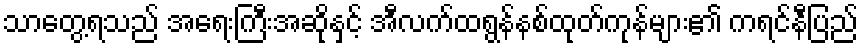
သာတွေ့ရသည် အရေးကြီးအဆိုနှင့် အီလက်ထရွန်နစ်ထုတ်ကုန်များ၏ ကရင်နီပြည်